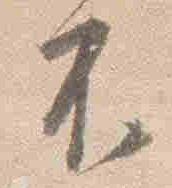
不